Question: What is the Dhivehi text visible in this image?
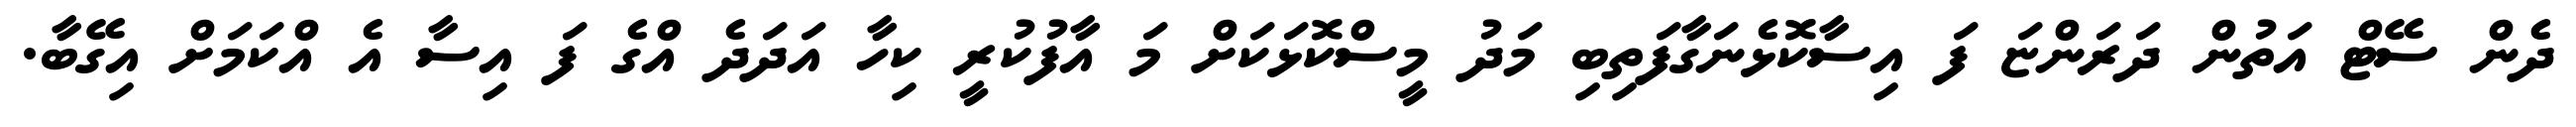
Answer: ދެން ސޭޓް އަތުން ދަރަންޏަ ފަ އިސާކޮޅެނަގާފަތިބި މަދު މީސްކޮޅަކަށް މަ އާފުކުރީ ކިހާ އަދަދެ އްގެ ފަ އިސާ އެ އްކަމަށް އިގޭބާ.